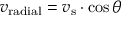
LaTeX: v _ { \mathrm { r a d i a l } } = v _ { \mathrm { s } } \cdot \cos { \theta }